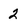
Character: 2